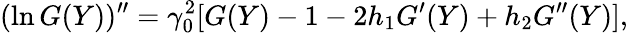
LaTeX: (\ln G(Y))^{\prime\prime}=\gamma_{0}^{2}[G(Y)-1-2h_{1}G^{\prime}(Y)+h_{2}G^{\prime\prime}(Y)],